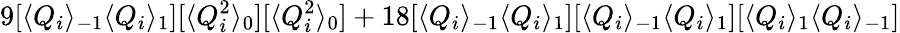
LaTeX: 9[\langle Q_{i}\rangle_{-1}\langle Q_{i}\rangle_{1}][\langle Q_{i}^{2}\rangle_{0}][\langle Q_{i}^{2}\rangle_{0}]+18[\langle Q_{i}\rangle_{-1}\langle Q_{i}\rangle_{1}][\langle Q_{i}\rangle_{-1}\langle Q_{i}\rangle_{1}][\langle Q_{i}\rangle_{1}\langle Q_{i}\rangle_{-1}]